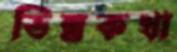
ভিন্নকথা